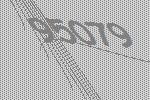
95079